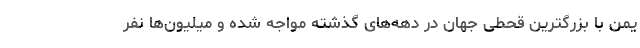
یمن با بزرگترین قحطی جهان در دهه‌های گذشته مواجه شده و میلیون‌ها نفر